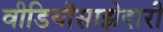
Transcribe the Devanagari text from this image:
वीडियॊसाझेदारी